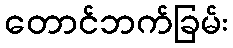
တောင်ဘက်ခြမ်း